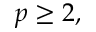
p \geq 2 ,